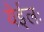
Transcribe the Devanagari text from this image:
येईलः